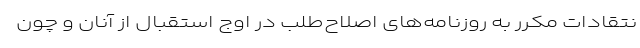
نتقادات مکرر به روزنامه‌های اصلاح‌طلب در اوج استقبال از آنان و چون